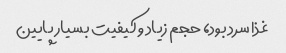
غذا سرد بود، حجم زیاد و کیفیت بسیار پایین